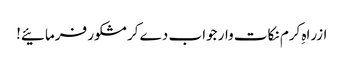
ازراہِ کرم نکات وار جواب دے کر مشکور فرمائیے!